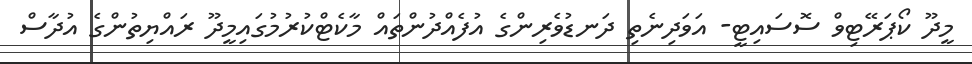
މީދޫ ކޯޕަރޭޓިވް ސޮސައިޓީ- އަވަދިނެތި ދަނޑުވެރިންގެ އުފެއްދުންތައް މާކެޓްކުރުމުގައިމީދޫ ރައްޔިތުންގެ އުދާސް